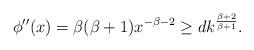
LaTeX: \begin{align*} \phi''(x) = \beta(\beta+1)x^{-\beta-2} \geq d k^{\frac{\beta+2}{\beta+1}}.\end{align*}